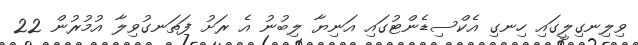
ވިލިނގިލީގައި ހިނގި އެކްސިޑެންޓުގައި އަނިޔާ ލިބުނު އެ ރަށު ފަތަނގުވިލާ އުމުރުން 22